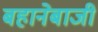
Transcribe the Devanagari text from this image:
बहानेबाजी